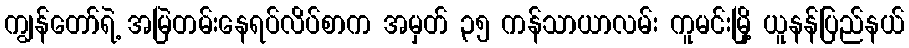
ကျွန်တော်ရဲ့ အမြဲတမ်းနေရပ်လိပ်စာက အမှတ် ၃၅ ကန်သာယာလမ်း ကူမင်းမြို့ ယူနန်ပြည်နယ်